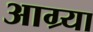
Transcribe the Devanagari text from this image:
आग्र्या